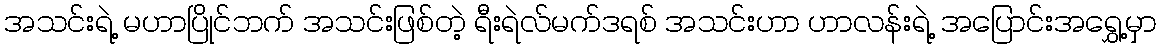
အသင်းရဲ့ မဟာပြိုင်ဘက် အသင်းဖြစ်တဲ့ ရီးရဲလ်မက်ဒရစ် အသင်းဟာ ဟာလန်းရဲ့ အပြောင်းအရွှေ့မှာ